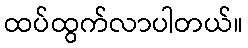
ထပ်ထွက်လာပါတယ်။